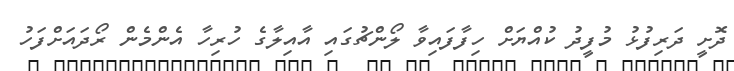
ދޮށީ ދަރިފުޅު މުފީދު ކުއްޔަށް ހިފާފައިވާ ލޯންޗުގައި އާއިލާގެ ހުރިހާ އެންމެން ރޯދައަށްފަހު